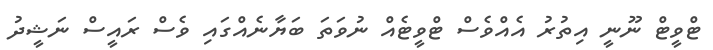
ޓްވީޓް ނޫނީ އިތުރު އެއްވެސް ޓްވީޓެއް ނުވަތަ ބަޔާނެއްގައި ވެސް ރައީސް ނަޝީދު